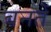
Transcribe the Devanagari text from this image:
बनतें